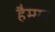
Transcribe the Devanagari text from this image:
हैम्मर